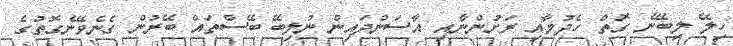
ހިލޭ ލިބޭނެ ގޮތް ހެދުމާއި ރަށުންނާއި އާސަންދައިން ނުލިބޭ ބޭސްތައް ބޭރުން ގެނެވޭނެގޮތުގެ